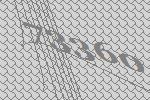
73360